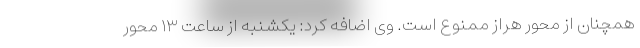
همچنان از محور هراز ممنوع است. وی اضافه کرد: یکشنبه از ساعت ۱۳ محور